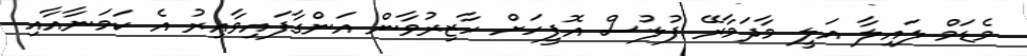
މެޑަމް ލައިލާ އަލީ މާދަމާރޭ ފުލުސް އޮފީހަށް ހާޒިރުވާން އަންގާފައިވާއިރު އެ ކަމަނާއާއި